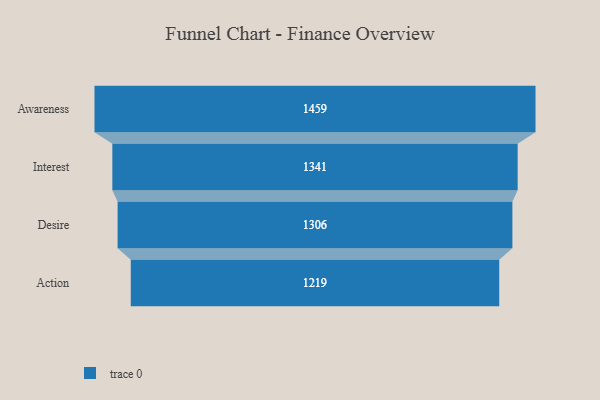
{"axis": {"x": "Stage", "y": "Value"}, "legend": [""], "data": [{"x": "Awareness", "y": 1459.0, "type": ""}, {"x": "Interest", "y": 1341.0, "type": ""}, {"x": "Desire", "y": 1306.0, "type": ""}, {"x": "Action", "y": 1219.0, "type": ""}]}